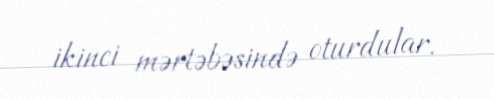
ikinci mərtəbəsində oturdular.